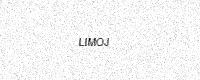
Text: LIMOJ